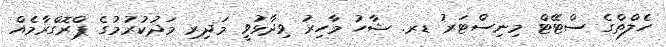
ހެލްތްގެ ސްޓޭޓް މިނިސްޓަރު ޑރ. ޝާހު މާހިރު ވިދާޅުވީ މަދިރި މަދުކުރުމުގެ ޕްރޮގްރާމެއް